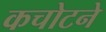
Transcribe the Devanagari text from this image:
कचोटने